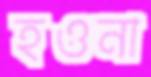
হওনা